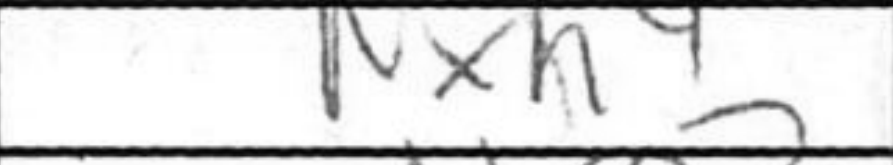
Transcription: Nxh4